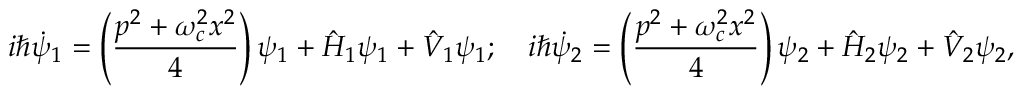
i \hbar \dot { \psi } _ { 1 } = \left( \frac { p ^ { 2 } + \omega _ { c } ^ { 2 } x ^ { 2 } } { 4 } \right) \psi _ { 1 } + \hat { H } _ { 1 } \psi _ { 1 } + \hat { V } _ { 1 } \psi _ { 1 } ; \quad i \hbar \dot { \psi } _ { 2 } = \left( \frac { p ^ { 2 } + \omega _ { c } ^ { 2 } x ^ { 2 } } { 4 } \right) \psi _ { 2 } + \hat { H } _ { 2 } \psi _ { 2 } + \hat { V } _ { 2 } \psi _ { 2 } ,